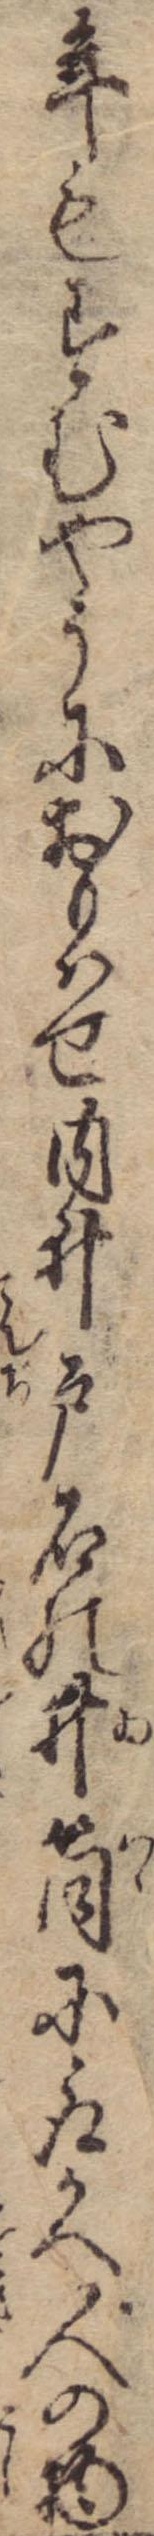
年もすむやうにおもはせ内井戸石の井筒に取かへ人の物